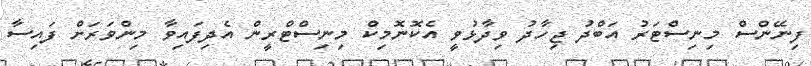
ފިނޭންސް މިނިސްޓަރު އަބްދު ޖިހާދު ވިދާޅުވީ އެކޮނޮމިކް މިނިސްޓްރީން އެދިފައިވާ މިންވަރަށް ފައިސާ